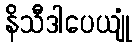
နိသီဒါပေယျုံ